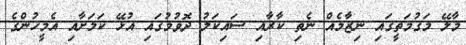
މާލޭ މަގުމަތީގައި ނިޒާމެއް ނެތި ކާރާއި ސައިކަލު ދޮވުމުގައި އުޅޭ ކަމަށާއި އެމީހުންގެ